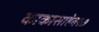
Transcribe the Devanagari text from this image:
काकासाहेब१७